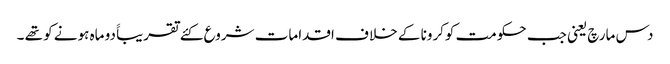
دس مارچ یعنی جب حکومت کوکرونا کے خلا ف اقدامات شروع کئے تقریباََ دو ماہ ہونے کو تھے ۔